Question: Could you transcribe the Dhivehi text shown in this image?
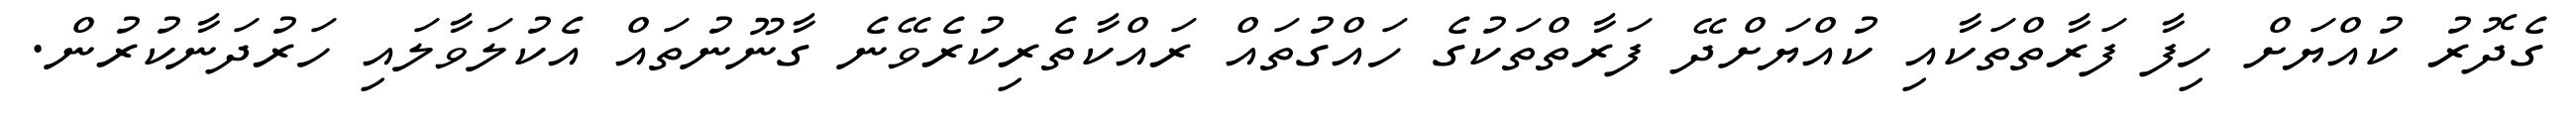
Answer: ގެދޮރު ކުއްޔަށް ހިފާ ފަރާތްތަކާއި ކުއްޔަށްދޭ ފަރާތްތަކުގެ ހައްގުތައް ރައްކާތެރިކުރެވޭނެ ގާނޫނުތައް އެކުލަވާލައި ހަރުދަނާކުރުން.